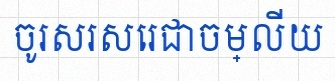
ចូរសរសេរជាចម្លើយ